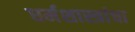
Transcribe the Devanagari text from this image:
धर्मशास्त्रांचा